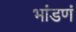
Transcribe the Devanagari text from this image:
भांडणं